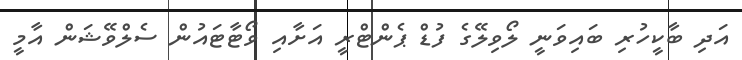
އަދި ބާކީހުރި ބައިވަނީ ލޯވިލޭގެ ފުޑް ޕެންޓްރީ އަށާއި ވޯޓާޓައުން ސެލްވޭޝަން އާމީ